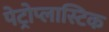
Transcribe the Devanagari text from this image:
पेट्रोप्लास्टिक